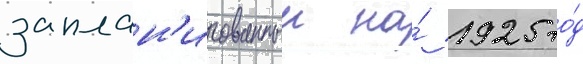
заплан'ированныи на́ 1925 го́д